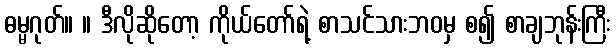
ဓမ္မဂုတ်။ ။ ဒီလိုဆိုတော့ ကိုယ်တော်ရဲ့ စာသင်သားဘဝမှ စ၍ စာချဘုန်းကြီး